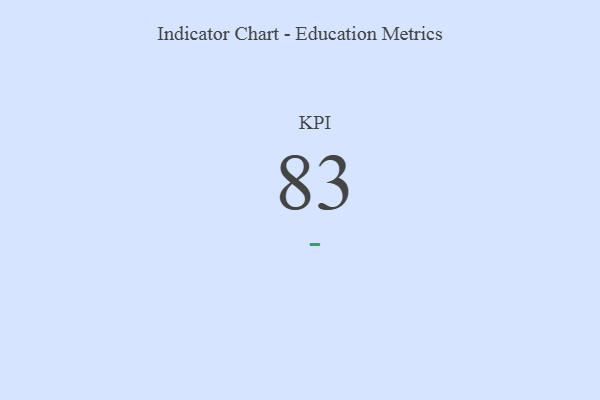
{"axis": {"x": "KPI", "y": "Value"}, "legend": [""], "data": [{"x": "KPI", "y": 83, "type": ""}]}